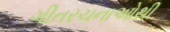
ગીતરચનાઓથી